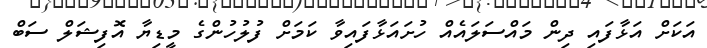
އަކަށް އަޅާފައި ދިން މައްސަލައެއް ހުށައަޅާފައިވާ ކަމަށް ފުލުހުންގެ މީޑިޔާ އޮފިޝަލް ސަބް